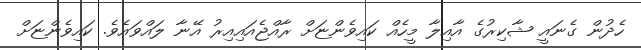
ހެދުން ގެނައީ ޝާކިރުގެ އާއިލާ މީހެއް ކައިވެންޏަށް ރާއްޖެއައިއިރު އޭނާ ލައްވައެވެ. ކައިވެންޏަށް